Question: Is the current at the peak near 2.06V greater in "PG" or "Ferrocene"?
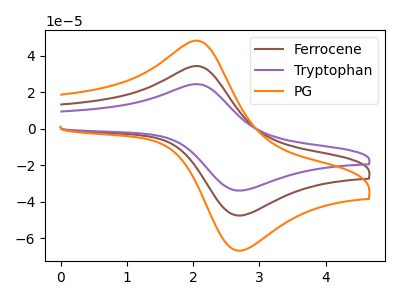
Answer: <think>The brown curve "Ferrocene" has an anodic peak at (2.05V, 34.40uA) and a cathodic peak at (2.75V, -47.40uA). The purple curve "Tryptophan" has an anodic peak at (2.05V, 68.80uA) and a cathodic peak at (2.75V, -94.80uA). The orange curve "PG" has an anodic peak at (2.05V, 48.30uA) and a cathodic peak at (2.75V, -66.55uA).</think>
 <answer>The peak at 2.06V is higher in "PG" than in "Ferrocene".</answer>
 <eval>higher</eval>